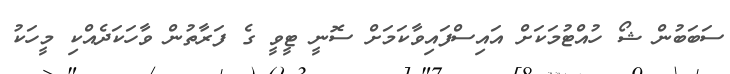
ސަބަބުން ޝޯ ހުއްޓުމަކަށް އައިސްފައިވާކަމަށް ސޮނީ ޓީވީ ގެ ފަރާތުން ވާހަކަދެއްކި މީހަކު